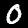
Label: 0